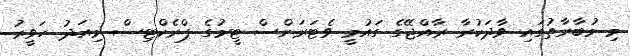
މި މުބާރާތުގައި ވާދަކުރާ ރާއްޖޭގެ ގައުމީ ވެޓަރަންސް ޓީމުގެ ޕްރެކްޓިސް މިއަދު ހަވީރު